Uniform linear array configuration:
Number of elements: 48
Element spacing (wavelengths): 1
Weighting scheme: binomial
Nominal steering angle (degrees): -15
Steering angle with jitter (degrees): -15.299
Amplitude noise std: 0.05
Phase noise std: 0.05

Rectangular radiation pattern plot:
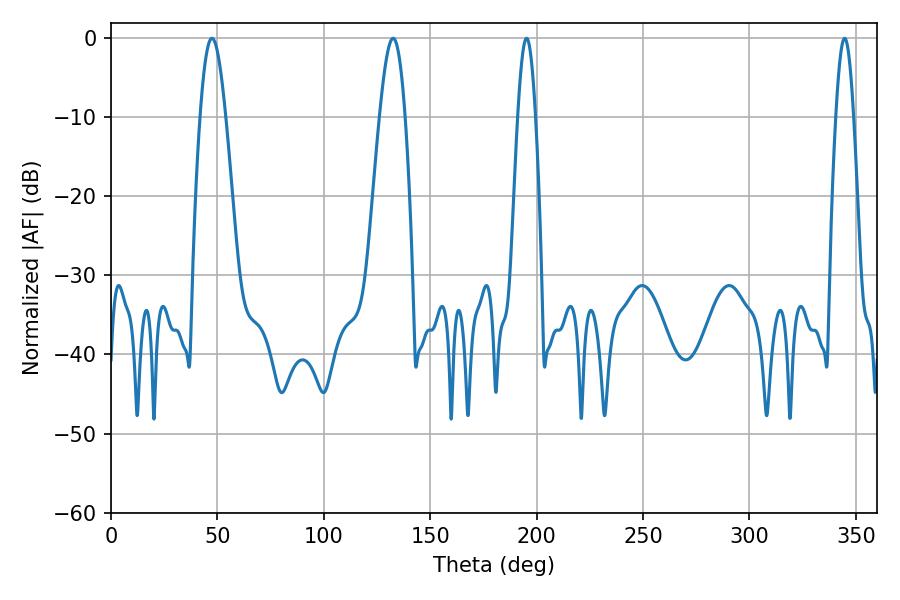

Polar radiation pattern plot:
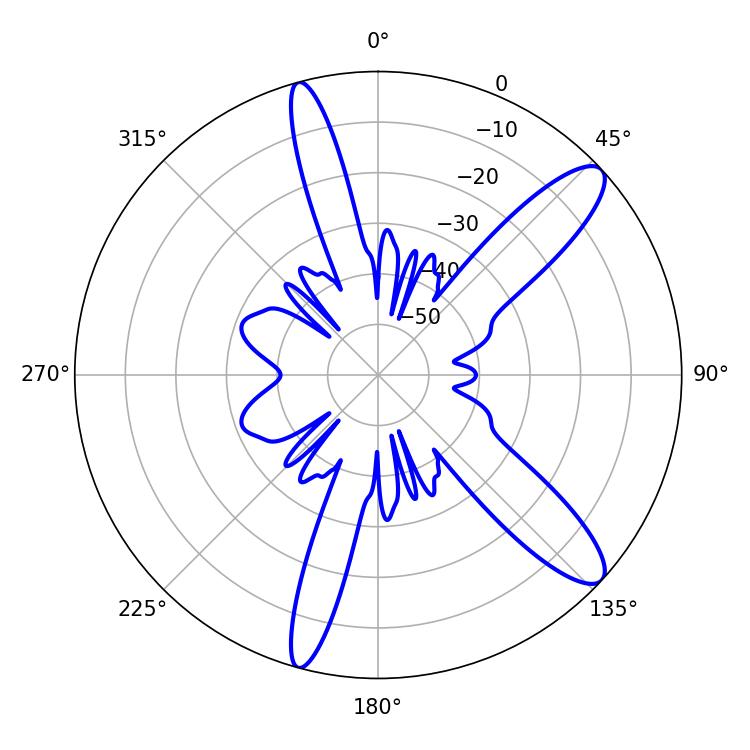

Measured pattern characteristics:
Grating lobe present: TRUE
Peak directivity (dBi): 11.642
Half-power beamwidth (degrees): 4.5
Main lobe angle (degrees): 344.7